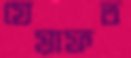
যেয়াফত